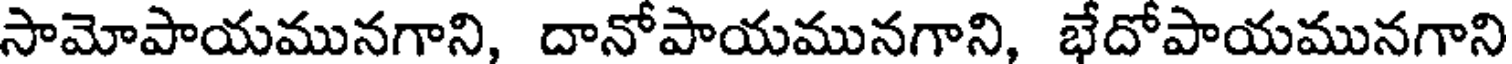
సామోపాయమునగాని, దానోపాయమునగాని, భేదోపాయమునగాని